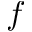
f